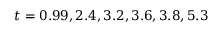
t = { 0 . 9 9 , 2 . 4 , 3 . 2 , 3 . 6 , 3 . 8 , 5 . 3 }